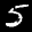
Label: 5